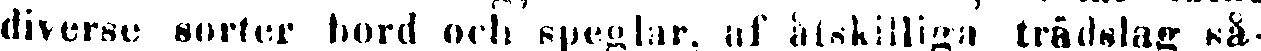
diverse sorter bord och speglar, af åtskilliga trädslag så-